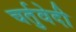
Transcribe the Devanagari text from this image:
चर्तुवेदी